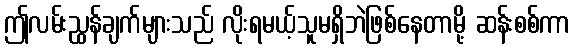
ဤလမ်းညွှန်ချက်များသည် လိုးရမယ့်သူမရှိဘဲဖြစ်နေတာမို့ ဆန်းစစ်ကာ